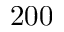
2 0 0